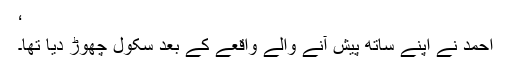
‘
احمد نے اپنے ساتھ پیش آنے والے واقعے کے بعد سکول چھوڑ دیا تھا۔